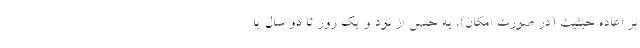
بر اعاده حيثيت (در صورت امكان)، به حبس از نود و يك روز تا دو سال يا